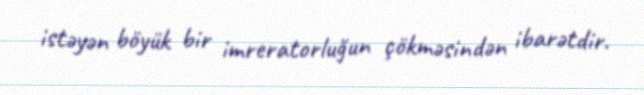
istəyən böyük bir imreratorluğun çökməsindən ibarətdir.